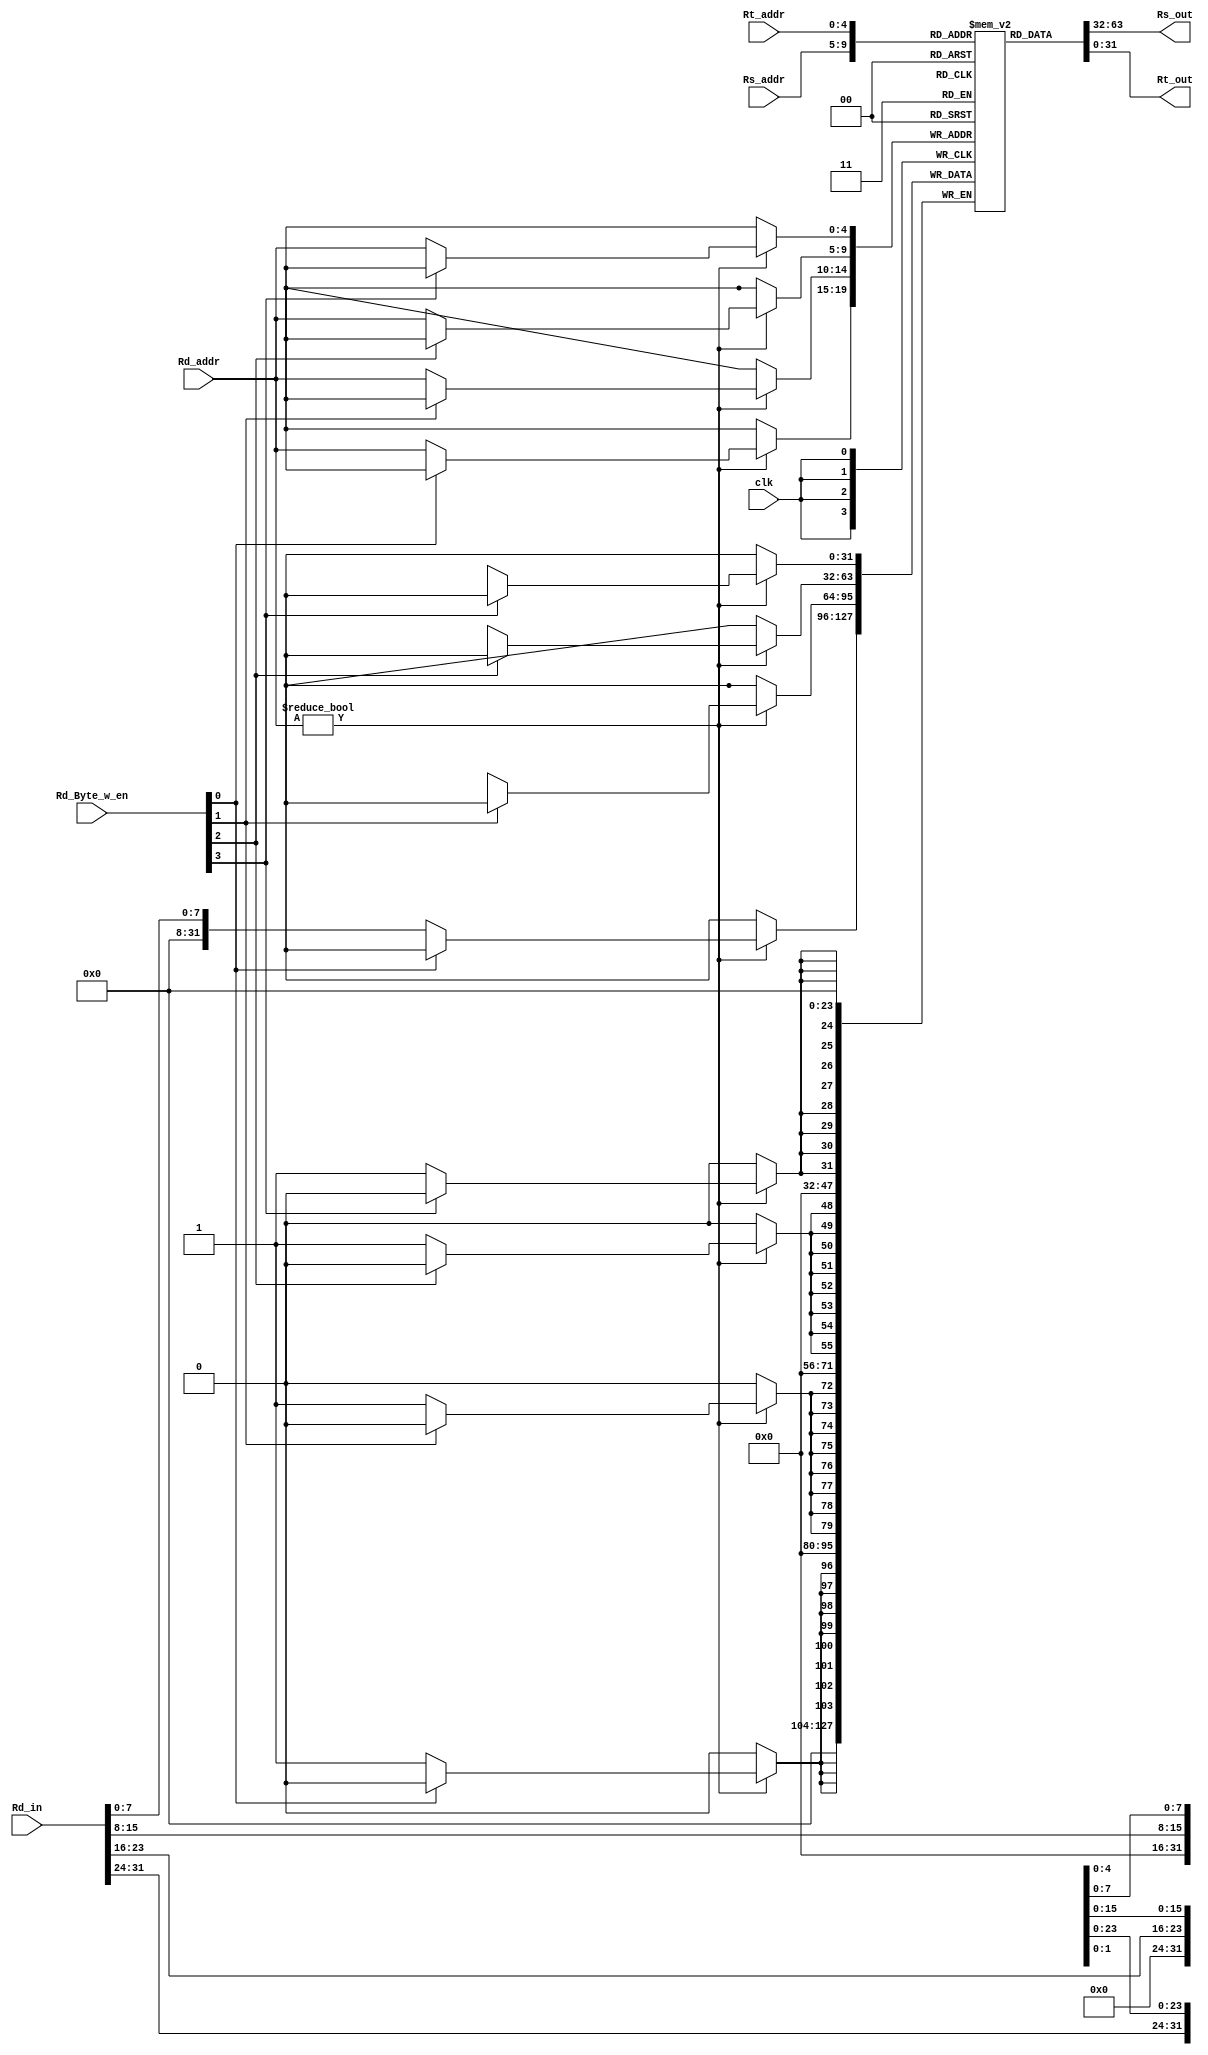
`timescale 1ns / 1ps
//////////////////////////////////////////////////////////////////////////////////
// Company: 
// Engineer: 
// 
// Design Name: 
// Module Name: register_mips32
// Project Name: 
// Target Devices: 
// Tool Versions: 
// Description: 
// 
// Dependencies: 
// 
// Revision:
// Revision 0.01 - File Created
// Additional Comments:
// 
//////////////////////////////////////////////////////////////////////////////////


module register_mips32
#(parameter DATA_WIDTH = 32 , parameter ADDR_WIDTH = 5)
(
    input [(ADDR_WIDTH -1):0] Rs_addr , Rt_addr , Rd_addr,
    input [(DATA_WIDTH -1):0] Rd_in,
    input [3:0] Rd_Byte_w_en,
    input clk,
    output [(DATA_WIDTH -1):0] Rs_out , Rt_out
);

    reg [(DATA_WIDTH -1):0] register[(2**ADDR_WIDTH -1):0];
    integer i ;
    
    initial 
    begin 
        for(i = 0 ; i < 32 ; i = i + 1)
            register[i] = 0;
    end
    
    always @ (negedge clk)
    begin
        if(Rd_addr != 0)
            begin
                if(Rd_Byte_w_en[3] == 0) register[Rd_addr][31:24] <= Rd_in[31:24]; 
                if(Rd_Byte_w_en[2] == 0) register[Rd_addr][23:16] <= Rd_in[23:16]; 
                if(Rd_Byte_w_en[1] == 0) register[Rd_addr][15:8] <= Rd_in[15:8];
                if(Rd_Byte_w_en[0] == 0) register[Rd_addr][7:0] <= Rd_in[7:0];  
            end       
    end
    
    assign Rs_out = register[Rs_addr];
    assign Rt_out = register[Rt_addr];
endmodule